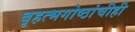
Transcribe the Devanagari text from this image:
बृहत्भगोष्ठांचीही